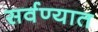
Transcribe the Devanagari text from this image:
सर्वण्यात